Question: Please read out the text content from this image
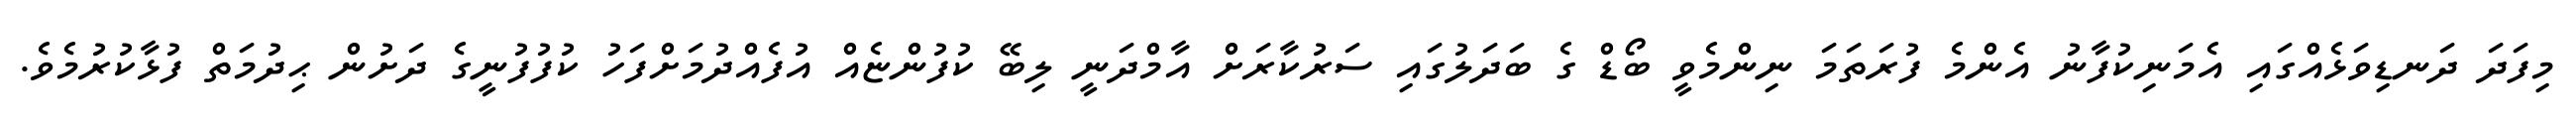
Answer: މިފަދަ ދަނޑިވަޅެއްގައި އެމަނިކުފާނު އެންމެ ފުރަތަމަ ނިންމެވީ ބޯޑް ގެ ބަދަލުގައި ސަރުކާރަށް އާމްދަނީ ލިބޭ ކުފުންޏެއް އުފެއްދުމަށްފަހު ކުފުފުނީގެ ދަށުން ޙިދުމަތް ފުޅާކުރުމެވެ.